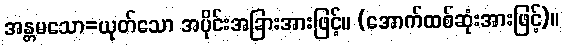
အန္တမသော=ယုတ်သော အပိုင်းအခြားအားဖြင့်။ (အောက်ထစ်ဆုံးအားဖြင့်)။